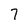
Character: 7